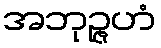
အဘုဉ္ဇဟံ